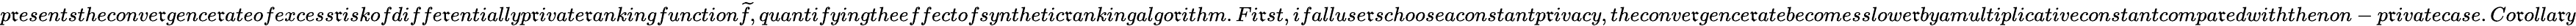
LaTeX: p\mathfrak{r}esentstheconve\mathfrak{r}gence\mathfrak{r}ateofexcess\mathfrak{r}iskofdiffe\mathfrak{r}entiallyp\mathfrak{r}ivate\mathfrak{r}ankingfunction\widetilde{{f}},quantifyingtheeffectofsynthetic\mathfrak{r}ankingalgo\mathfrak{r}ithm.Fi\mathfrak{r}st,ifalluse\mathfrak{r}schooseaconstantp\mathfrak{r}ivacy,theconve\mathfrak{r}gence\mathfrak{r}atebecomesslowe\mathfrak{r}byamultiplicativeconstantcompa\mathfrak{r}edwiththenon-p\mathfrak{r}ivatecase.Co\mathfrak{r}olla\mathfrak{r}y